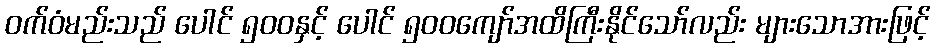
ဝက်ဝံမည်းသည် ပေါင် ၅၀၀နှင့် ပေါင် ၅၀၀ကျော်အထိကြီးနိုင်သော်လည်း များသောအားဖြင့်